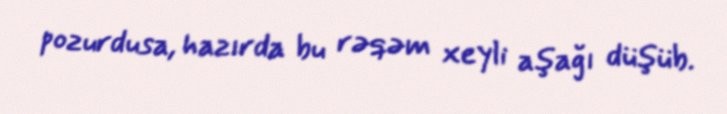
pozurdusa, hazırda bu rəqəm xeyli aşağı düşüb.